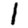
Digit: 1